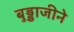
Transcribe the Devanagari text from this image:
बुड्डाजीने